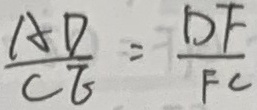
\frac { A D } { C E } = \frac { D F } { F C }